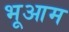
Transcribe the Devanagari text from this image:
भूआम